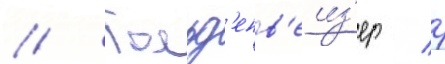
// Гольд'енв'еиз'ер / р